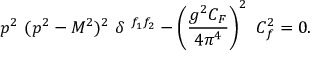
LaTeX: p ^ { 2 } \ ( p ^ { 2 } - M ^ { 2 } ) ^ { 2 } \ \delta \ ^ { f _ { 1 } f _ { 2 } } - \left( \frac { g ^ { 2 } C _ { F } } { 4 \pi ^ { 4 } } \right) ^ { 2 } \ C _ { f } ^ { 2 } = 0 .